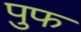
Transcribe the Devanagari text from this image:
पुफ